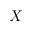
X